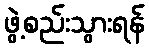
ဖွဲ့စည်းသွားရန်